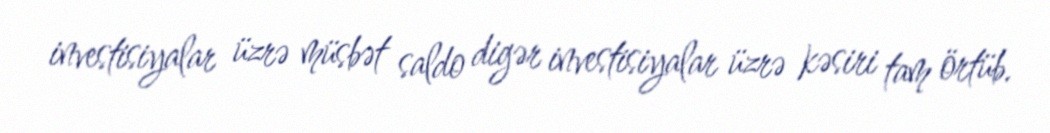
investisiyalar üzrə müsbət saldo digər investisiyalar üzrə kəsiri tam örtüb.